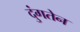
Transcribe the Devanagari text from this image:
दुंगतेन